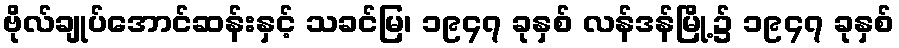
ဗိုလ်ချုပ်အောင်ဆန်းနှင့် သခင်မြ၊ ၁၉၄၇ ခုနှစ် လန်ဒန်မြို့၌ ၁၉၄၇ ခုနှစ်